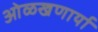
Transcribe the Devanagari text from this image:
ओळखणार्या